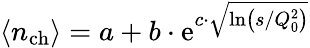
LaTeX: \left<n_{\mathrm{ch}}\right>=a+b\cdot\mathrm{e}^{c\cdot\sqrt{\mathrm{ln}\left(s/Q_{0}^{2}\right)}}